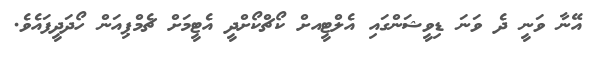
އޭނާ ވަނީ ދެ ވަނަ ޑިވީޝަންގައި އެލްޓީއށް ކޯޗްކޯށްދީ އެޓީމަށް ޗެމްޕިއަން ހޯދަދީފައެވެ.